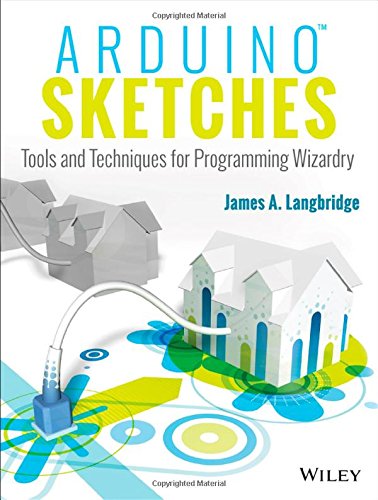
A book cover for Arduino Sketches: Tools and Techniques for Programming Wizardry; James A. Langbridge; Computers & Technology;